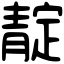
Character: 靛